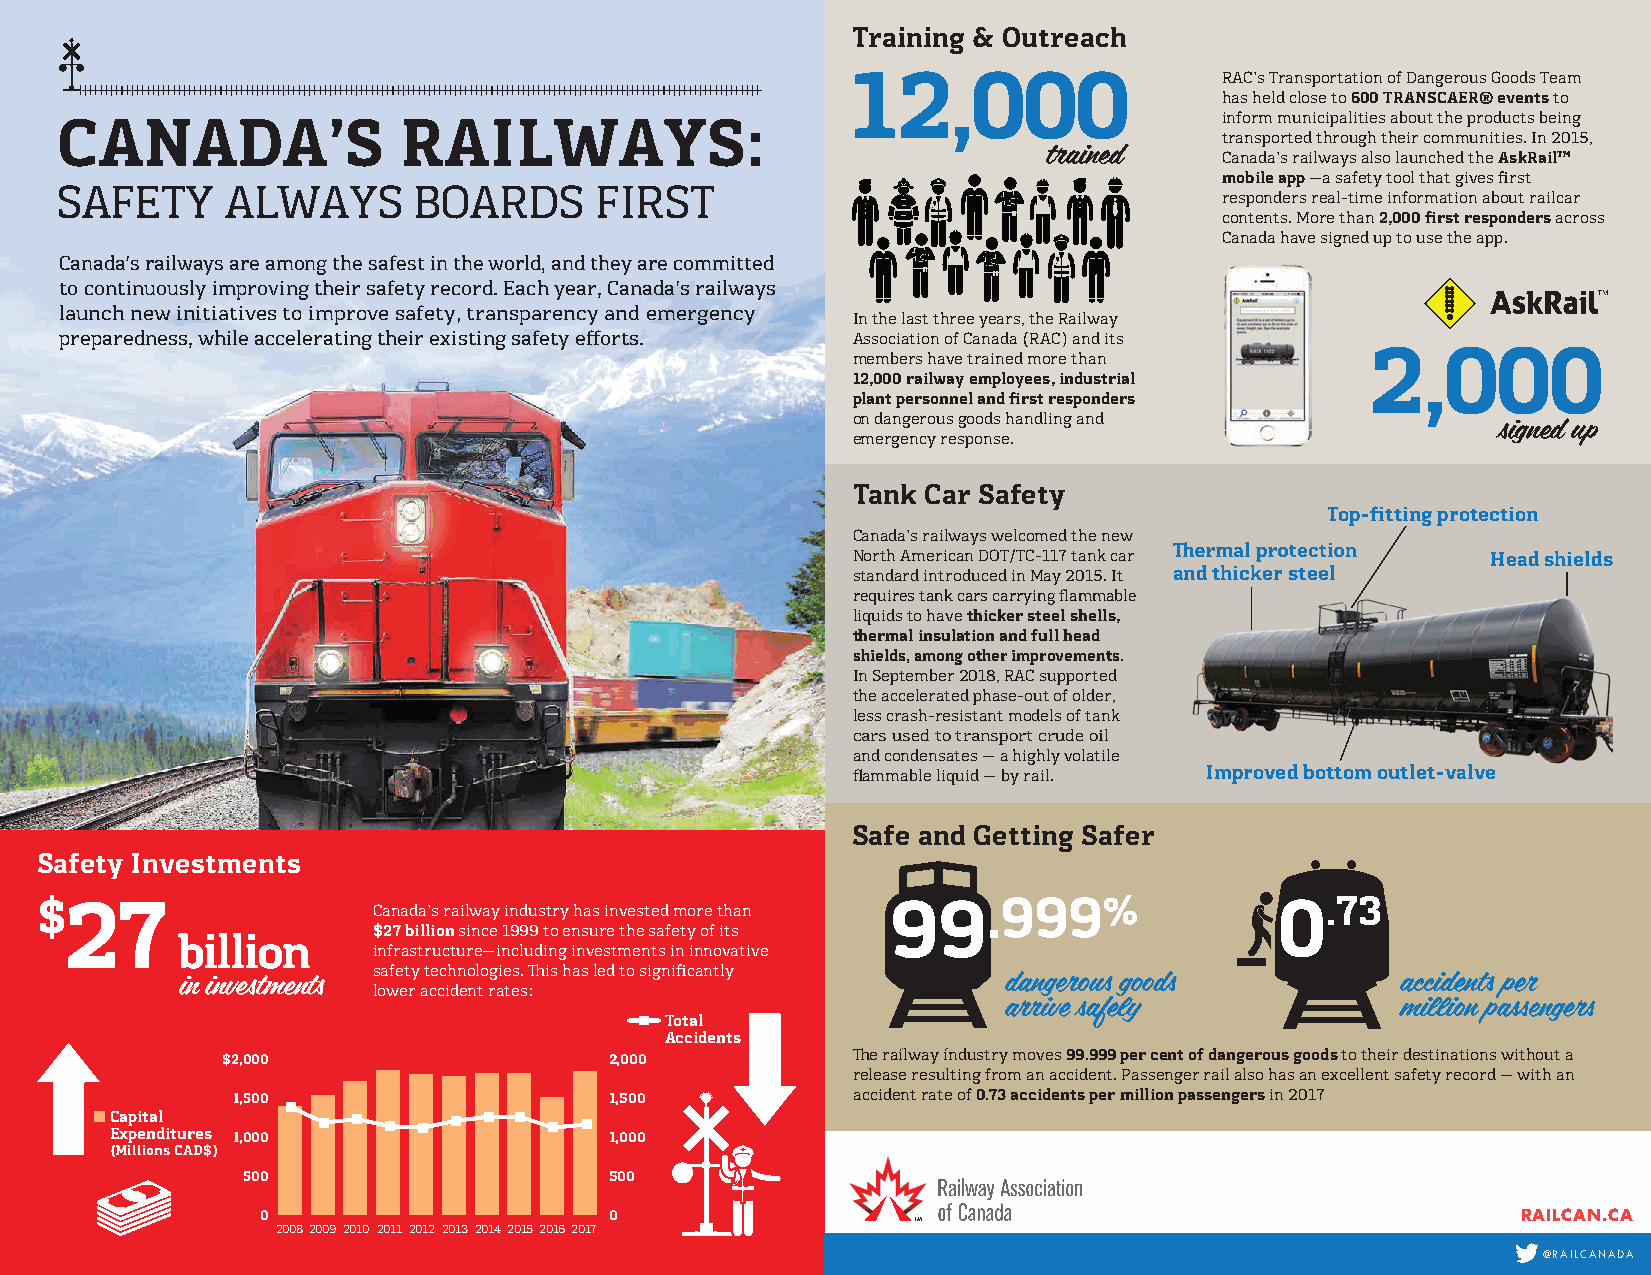
Training & Outreach
 12,000                   RAC’s Transportation of Dangerous Goods Team
 has held close to 600 TRANSCAER® events to
 inform municipalities about the products being
 CANADA’S              RAILWAYS:
 transported through their communities. In 2015,
 Canada’s railways also launched the AskRail™
 mobile app —a safety tool that gives first
 SAFETY     ALWAYS      BOARDS      FIRST                                     responders real-time information about railcar
 contents. More than 2,000 first responders across
 Canada have signed up to use the app.
 Canada’s railways are among the safest in the world, and they are committed
 to continuously improving their safety record. Each year, Canada’s railways
 launch new initiatives to improve safety, transparency and emergency
 In the last three years, the Railway
 preparedness, while accelerating their existing safety efforts. Association of Canada (RAC) and its
 members have trained more than     2,000
 12,000 railway employees, industrial
 plant personnel and first responders
 on dangerous goods handling and
 signed up
 emergency response.
 Tank Car Safety
 Top-fitting protection
 Canada’s railways welcomed the new
 North American DOT/TC-117 tank car         Head shields
 standard introduced in May 2015. It and thicker steel
 requires tank cars carrying flammable
 liquids to have thicker steel shells,
 thermal insulation and full head
 shields, among other improvements.
 In September 2018, RAC supported
 the accelerated phase-out of older,
 less crash-resistant models of tank
 cars used to transport crude oil
 and condensates — a highly volatile
 flammable liquid — by rail. Improved bottom outlet-valve
 Safe and Getting Safer
 Safety Investments
 $27                    Canada’s railway industry has invested more than 99.999%    0.73
 $27 billion since 1999 to ensure the safety of its
 billion
 infrastructure—including investments in innovative
 safety technologies. This has led to significantly
 in investments
 lower accident rates:
 Total
 Accidents
 $2,000                   2,000           The railway industry moves 99.999 per cent of dangerous goods to their destinations without a
 release resulting from an accident. Passenger rail also has an excellent safety record — with an
 1,500                    1,500           accident rate of 0.73 accidents per million passengers in 2017
 Capital
 Expenditures 1,000               1,000
 (Millions CAD$)
 500                     500
 0                      0                   TM                                       RAILCAN.CA
 20082009 2010 2011 2012 2013 2014201520162017
 @RAILCANADA